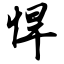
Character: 悍